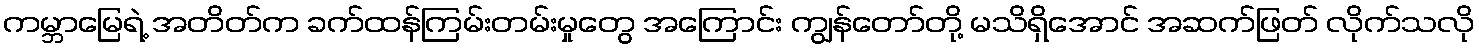
ကမ္ဘာမြေရဲ့ အတိတ်က ခက်ထန်ကြမ်းတမ်းမှုတွေ အကြောင်း ကျွန်တော်တို့ မသိရှိအောင် အဆက်ဖြတ် လိုက်သလို